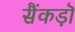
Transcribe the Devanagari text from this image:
सैंकड़ॊ